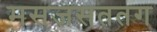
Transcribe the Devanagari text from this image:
मसजसततग